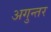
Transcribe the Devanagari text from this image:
अगुन्तर